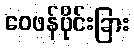
ဝေဖန်ပိုင်းခြား